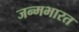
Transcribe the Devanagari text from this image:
जन्मभारत